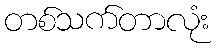
တစ်သက်တာလုံး